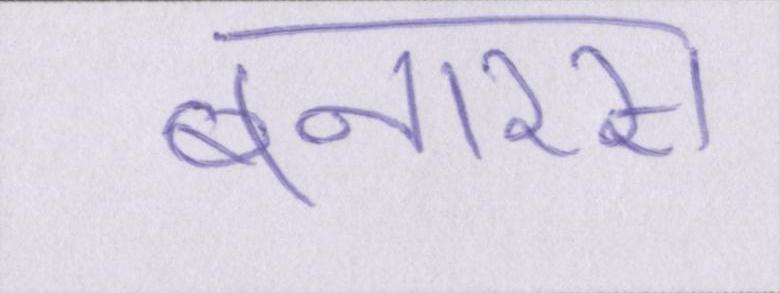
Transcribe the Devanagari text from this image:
बनारस